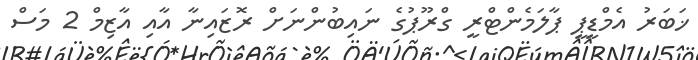
ޚަބަރު އެމްޑީޕީ ޕާލަމެންޓްރީ ގްރޫޕުގެ ނައިބުންނަށް ރޮޒައިނާ އާއި އާޒިމް 2 މަސް